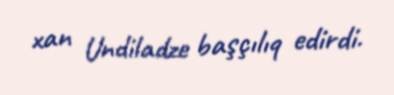
xan Undiladze başçılıq edirdi.